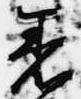
着